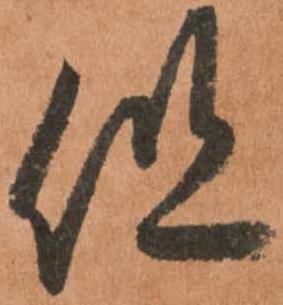
但